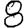
Digit: 8